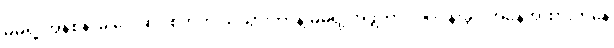
မိမိရဲ့ အနစ်နာခံ ပေးဆပ်စိတ်ကို သိသွားတာနဲ့ မိမိရဲ့ အဖွဲ့ဟာ လုပ်ငန်းခွင် အနေအထားကနေ